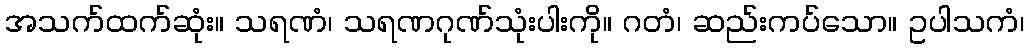
အသက်ထက်ဆုံး။ သရဏံ၊ သရဏဂုဏ်သုံးပါးကို။ ဂတံ၊ ဆည်းကပ်သော။ ဥပါသကံ၊